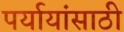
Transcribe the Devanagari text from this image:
पर्यायांसाठी